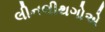
લીનલીથગોએ